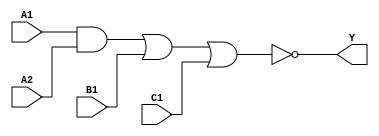
module sky130_fd_sc_ms__a211oi (
    Y ,
    A1,
    A2,
    B1,
    C1
);

    // Module ports
    output Y ;
    input  A1;
    input  A2;
    input  B1;
    input  C1;

    // Local signals
    wire and0_out  ;
    wire nor0_out_Y;

    //  Name  Output      Other arguments
    and and0 (and0_out  , A1, A2          );
    nor nor0 (nor0_out_Y, and0_out, B1, C1);
    buf buf0 (Y         , nor0_out_Y      );

endmodule